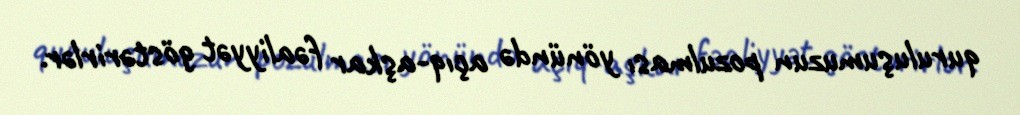
quruluşumuzun pozulması yönündə açıq-aşkar fəaliyyət göstərirlər.